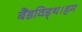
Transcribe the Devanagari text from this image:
बैंडविड्थ।हम